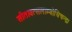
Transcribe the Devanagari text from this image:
सीतावत्सलाम्बोधिचन्द्रः।